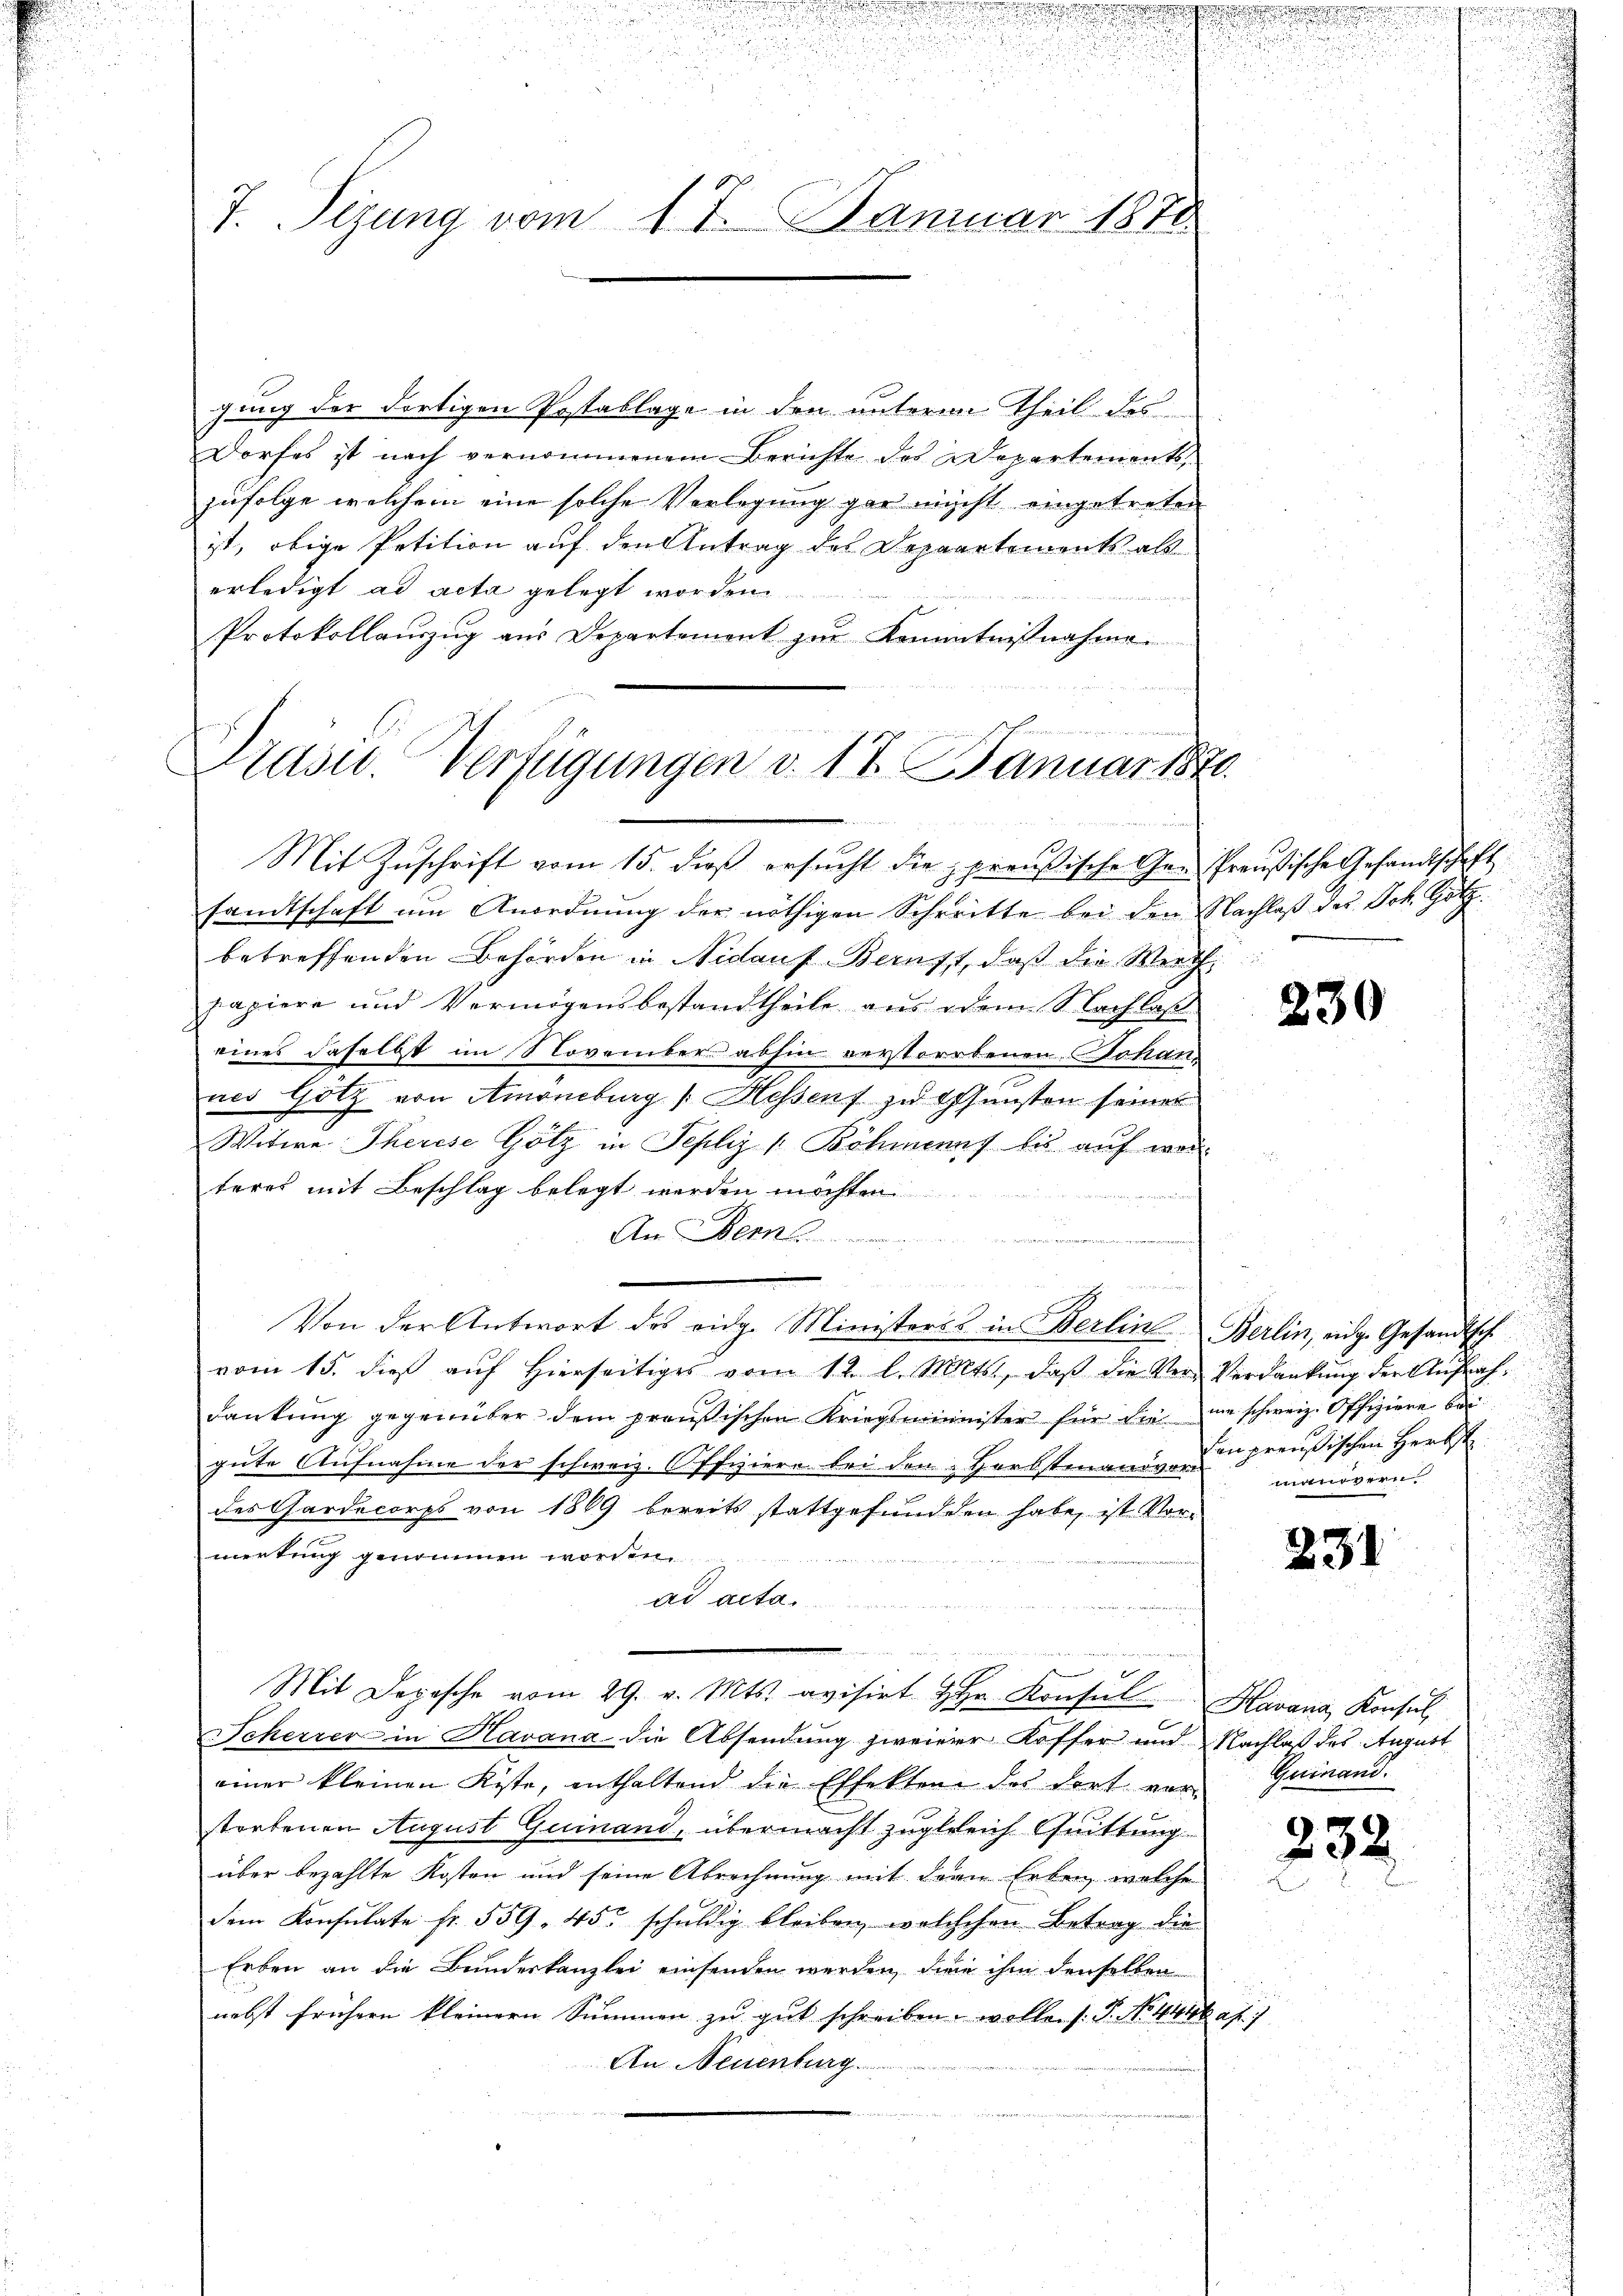
u
u

7. Sizung vom 17. Januar 1871

gung der dortigen Postablage in den unterm Theil des
Dorfes ist nach vernommenem Berichte des Departements,
zufolge welchem eine solche Verlegung gar nicht eingetreten
ist, obige Petition auf den Antrag des Depaartements als
erledigt ad acta gelegt worden.
Protokollauszug aus Departement zur Kenntnißnahme.

Präsid.. Verfügungen v. 17. Jan
Nr. 1870.

e

i

Mit Zuschrift vom 15. dß ersucht die preußische Gen Preußische Gesandtschaft
sandtschaft um Anordnung der nöthigen Schreitte bei den Nachlaβ des Joh. Gotz
betreffenden Behörden in Nidauf-Beruft, daß die Werth
papiere und Vermögensbestandtheile aus dem Sachlaß
eines daselbst im November abhin verstorbenen Johan
nes Götz von Amoneburg [Hessens zu offensten seiner
Witwe Therese Götz in Tepliz (Böhmanns bis aŭf war.
teres mit Beschlag belegt werden möchten
An Bern
.
n
Von der Antwort des eidg. Ministers in Berlin Berlin, eidg. Gesandtsch
vom 15. dieß auf hierseitiges vom 12. l. Mts., daß die Ver- Verdankung der Aufnahdankŭng gegenüber dem preußischen Kriegsminister für die im schweiz. Offiziere bei
gute Aufnahme der schweiz. Offiziere bei den Herbstmanig - ein preußischen Herbst
des Gardecorps von 1869 bereits stattgefunden habe, ist Vormirkung genommen worden.
ad acta.
u
e
u
x
Mit Depesche vom 29. v. Mts. avisirt Hr. Konsul Havana, Konsul
Scherrer in Havana die Absendung zweierer Koffer und Nachlaß des August
einer kleinen Kiste, enthaltend die Effekten des dort vor Guinand.
storbenen August Guinand, übermacht zugleich Quittung
über bezahlte Kosten und seine Abrechnung mit der Erben, welche
dem Konsulate fr. 559. 45 schuldig bleiben, welchchen Betrag die
Erben an die Bundeskanzlei einsenden werden, die ihm denselben
nebst frühern kleinern Summen zu gut schreiben wollens: P. No 441 f. 7
An Neuenburg.

.
i
u
e

i

230

manövern.

231

232.

.
d